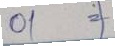
01 =